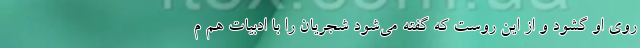
روی او گشود و از این روست که گفته می‌شود شجریان را با ادبیات هم م